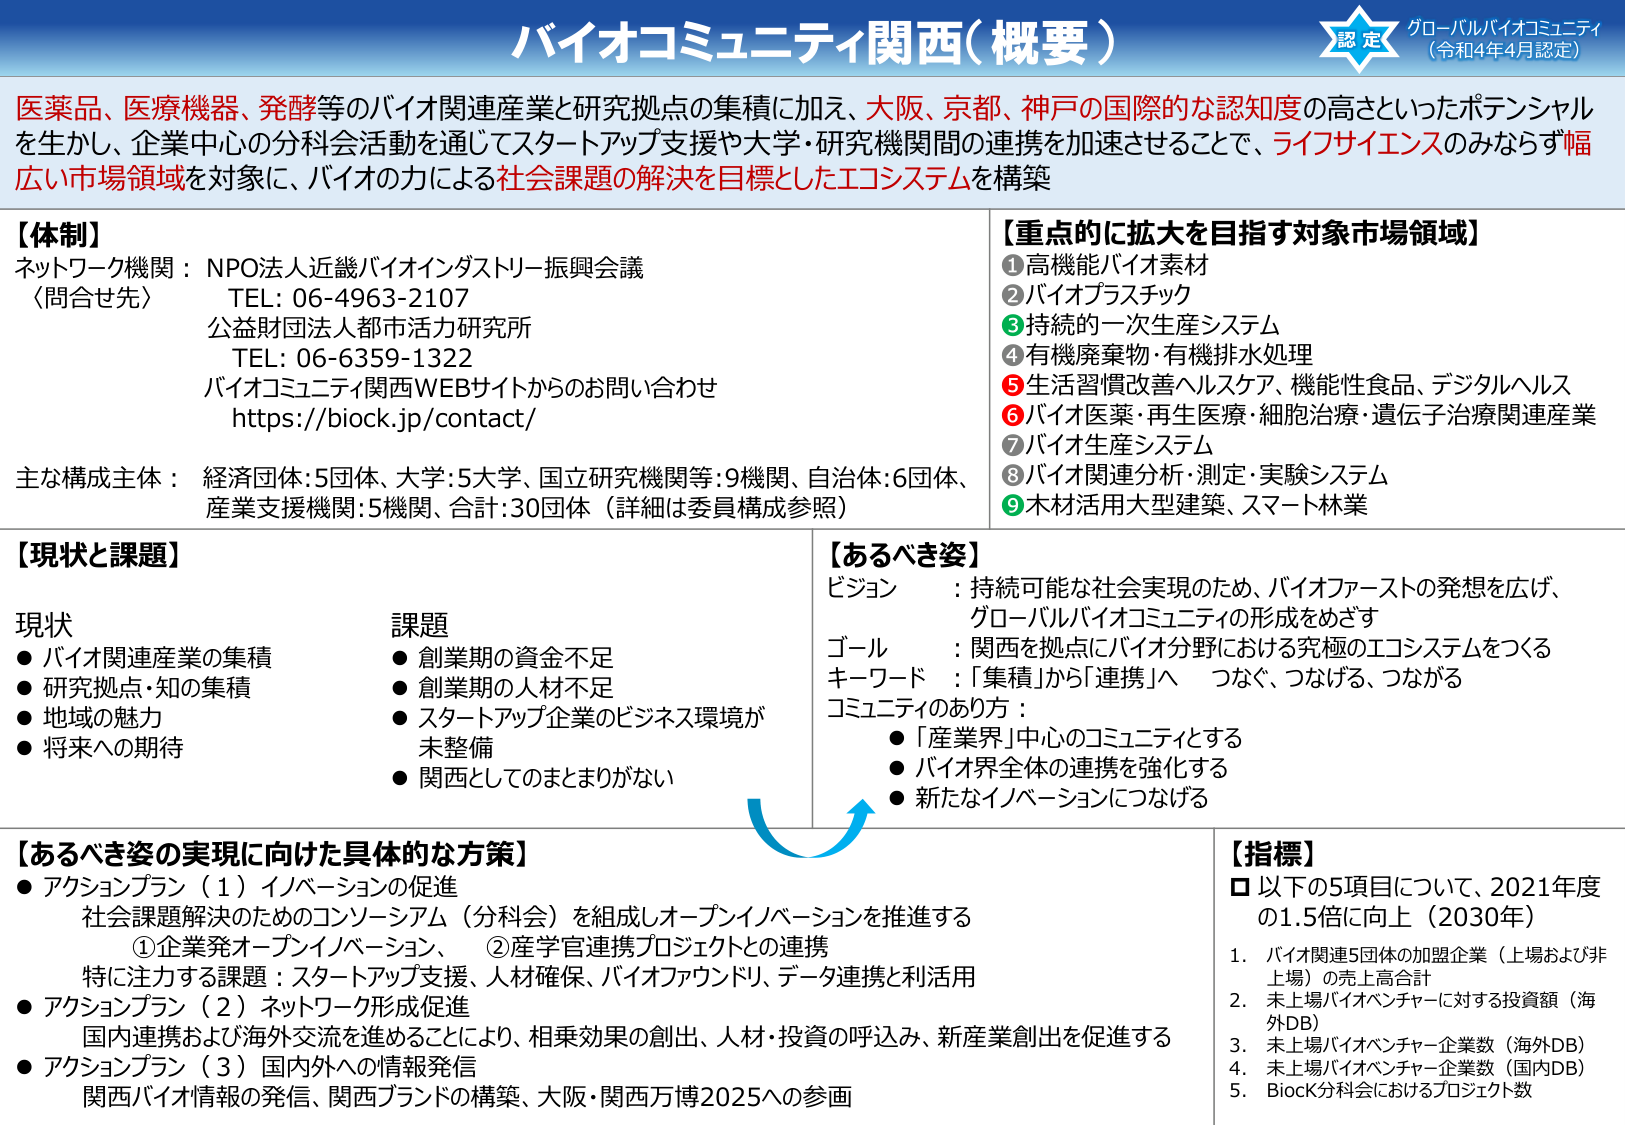
バイオコミュニティ関西（概要）

認定
グローバルバイオコミュニティ
（令和4年4月認定）

医薬品、医療機器、発酵等のバイオ関連産業と研究拠点の集積に加え、大阪、京都、神戸の国際的な認知度の高さといったポテンシャルを生かし、企業中心の分科会活動を通じてスタートアップ支援や大学・研究機関間の連携を加速させることで、ライフサイエンスのみならず幅広い市場領域を対象に、バイオの力による社会課題の解決を目標としたエコシステムを構築

【体制】
ネットワーク機関：NPO法人近畿バイオインダストリー振興会議
（問合せ先）
TEL: 06-4963-2107
公益財団法人都市活力研究所
TEL: 06-6359-1322
バイオコミュニティ関西WEBサイトからのお問い合わせ
https://biock.jp/contact/

主な構成主体：経済団体:5団体、大学:5大学、国立研究機関等:9機関、自治体:6団体、産業支援機関:5機関、合計:30団体（詳細は委員構成参照）

【重点的に拡大を目指す対象市場領域】
①高機能バイオ素材
②バイオプラスチック
③持続的一次生産システム
④有機廃棄物・有機排水処理
⑤生活習慣改善ヘルスケア、機能性食品、デジタルヘルス
⑥バイオ医薬・再生医療・細胞治療・遺伝子治療関連産業
⑦バイオ生産システム
⑧バイオ関連分析・測定・実験システム
⑨木材活用大型建築、スマート林業

【現状と課題】
現状
● バイオ関連産業の集積
● 研究拠点・知の集積
● 地域の魅力
● 将来への期待

課題
● 創業期の資金不足
● 創業期の人材不足
● スタートアップ企業のビジネス環境が未整備
● 関西としてのまとまりがない

【あるべき姿】
ビジョン：持続可能な社会実現のため、バイオファーストの発想を広げ、グローバルバイオコミュニティの形成をめざす
ゴール：関西を拠点にバイオ分野における究極のエコシステムをつくる
キーワード：「集積」から「連携」へ　つなぐ、つなげる、つながる
コミュニティのあり方：
● 「産業界」中心のコミュニティとする
● バイオ界全体の連携を強化する
● 新たなイノベーションにつなげる

【あるべき姿の実現に向けた具体的な方策】
● アクションプラン（1）イノベーションの促進
　社会課題解決のためのコンソーシアム（分科会）を組成しオープンイノベーションを推進する
　①企業発オープンイノベーション、　②産学官連携プロジェクトとの連携
　特に注力する課題：スタートアップ支援、人材確保、バイオファウンドリ、データ連携と利活用
● アクションプラン（2）ネットワーク形成促進
　国内連携および海外交流を進めることにより、相乗効果の創出、人材・投資の呼び込み、新産業創出を促進する
● アクションプラン（3）国内外への情報発信
　関西バイオ情報の発信、関西ブランドの構築、大阪・関西万博2025への参画

【指標】
□ 以下の5項目について、2021年度の1.5倍に向上（2030年）
1. バイオ関連5団体の加盟企業（上場および非上場）の売上高合計
2. 未上場バイオベンチャーに対する投資額（海外DB）
3. 未上場バイオベンチャー企業数（海外DB）
4. 未上場バイオベンチャー企業数（国内DB）
5. BiocK分科会におけるプロジェクト数